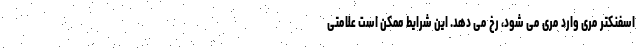
اسفنکتر مری وارد مری می شود، رخ می دهد. این شرایط ممکن است علامتی